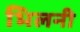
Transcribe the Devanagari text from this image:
भिलनी